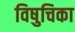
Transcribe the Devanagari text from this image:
विषुचिका